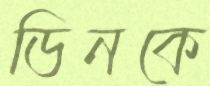
ডিনকে